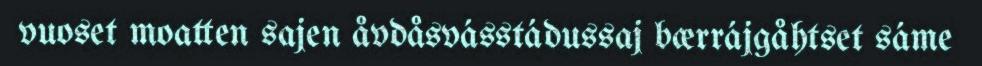
vuoset moatten sajen åvdåsvásstádussaj bærrájgåhtset sáme